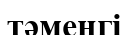
тәменгі